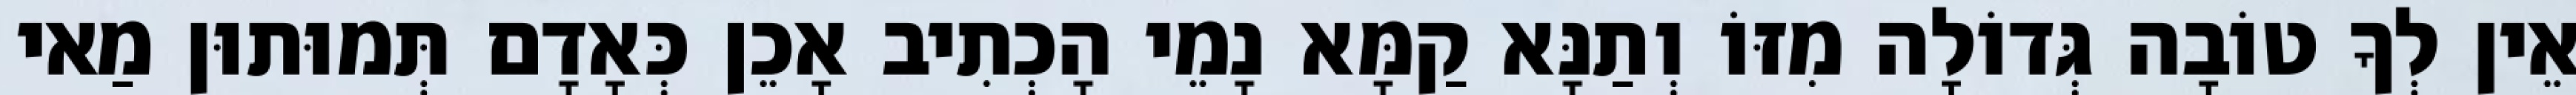
אֵין לְךָ טוֹבָה גְּדוֹלָה מִזּוֹ וְתַנָּא קַמָּא נָמֵי הָכְתִיב אָכֵן כְּאָדָם תְּמוּתוּן מַאי